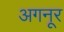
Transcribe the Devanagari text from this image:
अगनूर